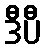
ဒီပီ